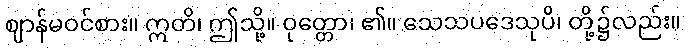
ဈာန်မဝင်စား။ ဣတိ၊ ဤသို့။ ဝုတ္တော၊ ၏။ သေသပဒေသုပိ၊ တို့၌လည်း။